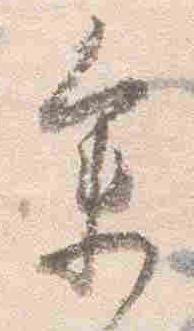
参